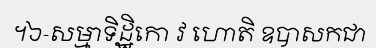
។៦-សម្មាទិដ្ឋិកោ វ ហោតិ ឧបាសកជា